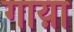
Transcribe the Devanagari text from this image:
गाय़ा